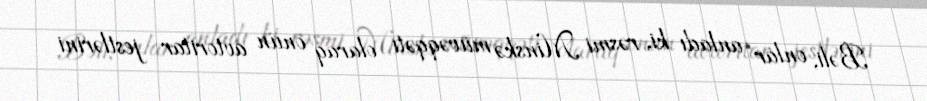
Bəli, onlar anladı ki, rəsmi Minskə müvəqqəti olaraq onun avtoritar jestlərini